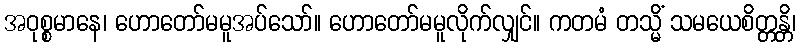
အဝုစ္စမာနေ၊ ဟောတော်မမူအပ်သော်။ ဟောတော်မမူလိုက်လျှင်။ ကတမံ တသ္မိံ သမယေစိတ္တန္တိ၊